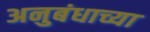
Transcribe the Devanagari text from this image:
अनुबंधाच्या